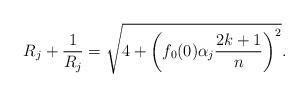
LaTeX: \begin{align*} R_j + \frac{1}{R_j} = \sqrt{4 + \left(f_0(0) \alpha_j \frac{2k+1}{n}\right)^2}.\end{align*}